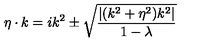
\eta \cdot k = i k ^ { 2 } \pm \sqrt { { \frac { | ( k ^ { 2 } + \eta ^ { 2 } ) k ^ { 2 } | } { 1 - \lambda } } }